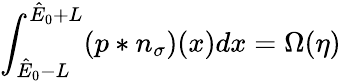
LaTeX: \int_{\hat{E}_{0}-L}^{\hat{E}_{0}+L}(p\ast n_{\sigma})(x)dx=\Omega(\eta)